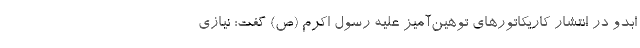
ابدو در انتشار کاریکاتورهای توهین‌آمیز علیه رسول اکرم (ص) گفت: نیازی